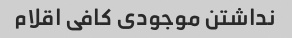
نداشتن موجودی کافی اقلام